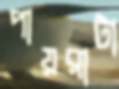
পায়রাটা